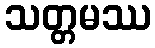
သတ္တမဿ